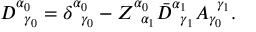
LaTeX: D _ { \; \; \gamma _ { 0 } } ^ { \alpha _ { 0 } } = \delta _ { \; \; \gamma _ { 0 } } ^ { \alpha _ { 0 } } - Z _ { \; \; \alpha _ { 1 } } ^ { \alpha _ { 0 } } \bar { D } _ { \; \; \gamma _ { 1 } } ^ { \alpha _ { 1 } } A _ { \gamma _ { 0 } } ^ { \; \; \gamma _ { 1 } } .